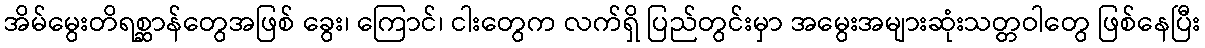
အိမ်မွေးတိရစ္ဆာန်တွေအဖြစ် ခွေး၊ ကြောင်၊ ငါးတွေက လက်ရှိ ပြည်တွင်းမှာ အမွေးအများဆုံးသတ္တဝါတွေ ဖြစ်နေပြီး